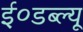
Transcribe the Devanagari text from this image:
ई०डब्ल्यू